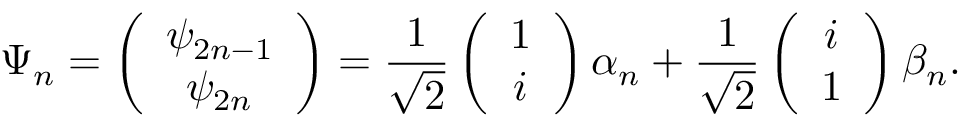
\Psi _ { n } = \left( \begin{array} { c } { \psi _ { 2 n - 1 } } \\ { \psi _ { 2 n } } \end{array} \right) = \frac { 1 } { \sqrt { 2 } } \left( \begin{array} { c } { 1 } \\ { i } \end{array} \right) \alpha _ { n } + \frac { 1 } { \sqrt { 2 } } \left( \begin{array} { c } { i } \\ { 1 } \end{array} \right) \beta _ { n } .